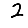
Digit: 2